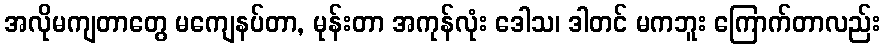
အလိုမကျတာတွေ မကျေနပ်တာ, မုန်းတာ အကုန်လုံး ဒေါသ၊ ဒါတင် မကဘူး ကြောက်တာလည်း